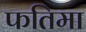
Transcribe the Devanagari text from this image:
फतिमा